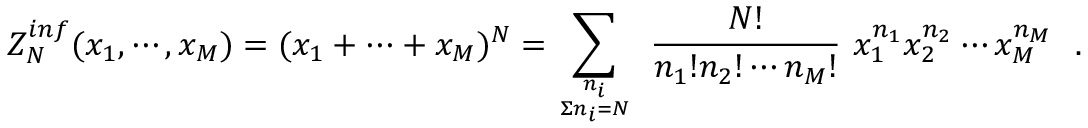
Z _ { N } ^ { i n f } ( x _ { 1 } , \cdots , x _ { M } ) = ( x _ { 1 } + \cdots + x _ { M } ) ^ { N } = \sum _ { { n _ { i } } \atop { \Sigma n _ { i } = N } } ~ { \frac { N ! } { n _ { 1 } ! n _ { 2 } ! \cdots n _ { M } ! } } ~ x _ { 1 } ^ { n _ { 1 } } x _ { 2 } ^ { n _ { 2 } } \cdots x _ { M } ^ { n _ { M } } \, \, \, \, .